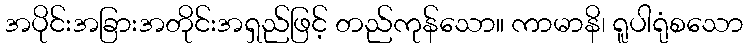
အပိုင်းအခြားအတိုင်းအရှည်ဖြင့် တည်ကုန်သော။ ကာမာနိ၊ ရူပါရုံစသော